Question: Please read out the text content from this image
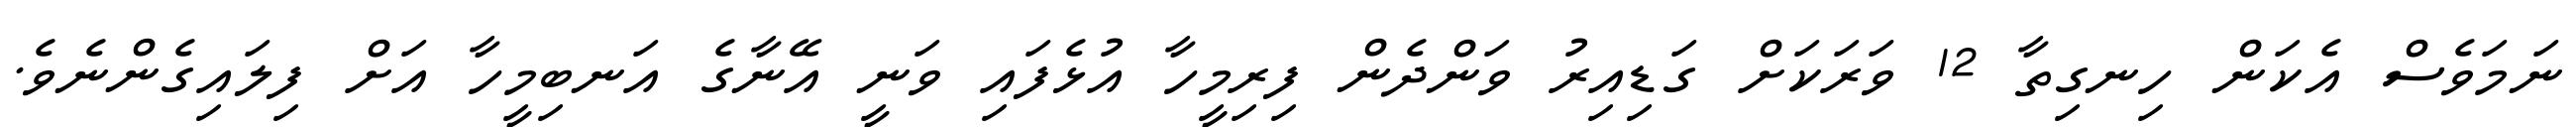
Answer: ނަމަވެސް އެކަން ހިނގިތާ 12 ވަރަކަށް ގަޑިއިރު ވަންދެން ފިރިމީހާ އުޅެފައި ވަނީ އޭނާގެ އަނބިމީހާ އަށް ފިލައިގެންނެވެ.